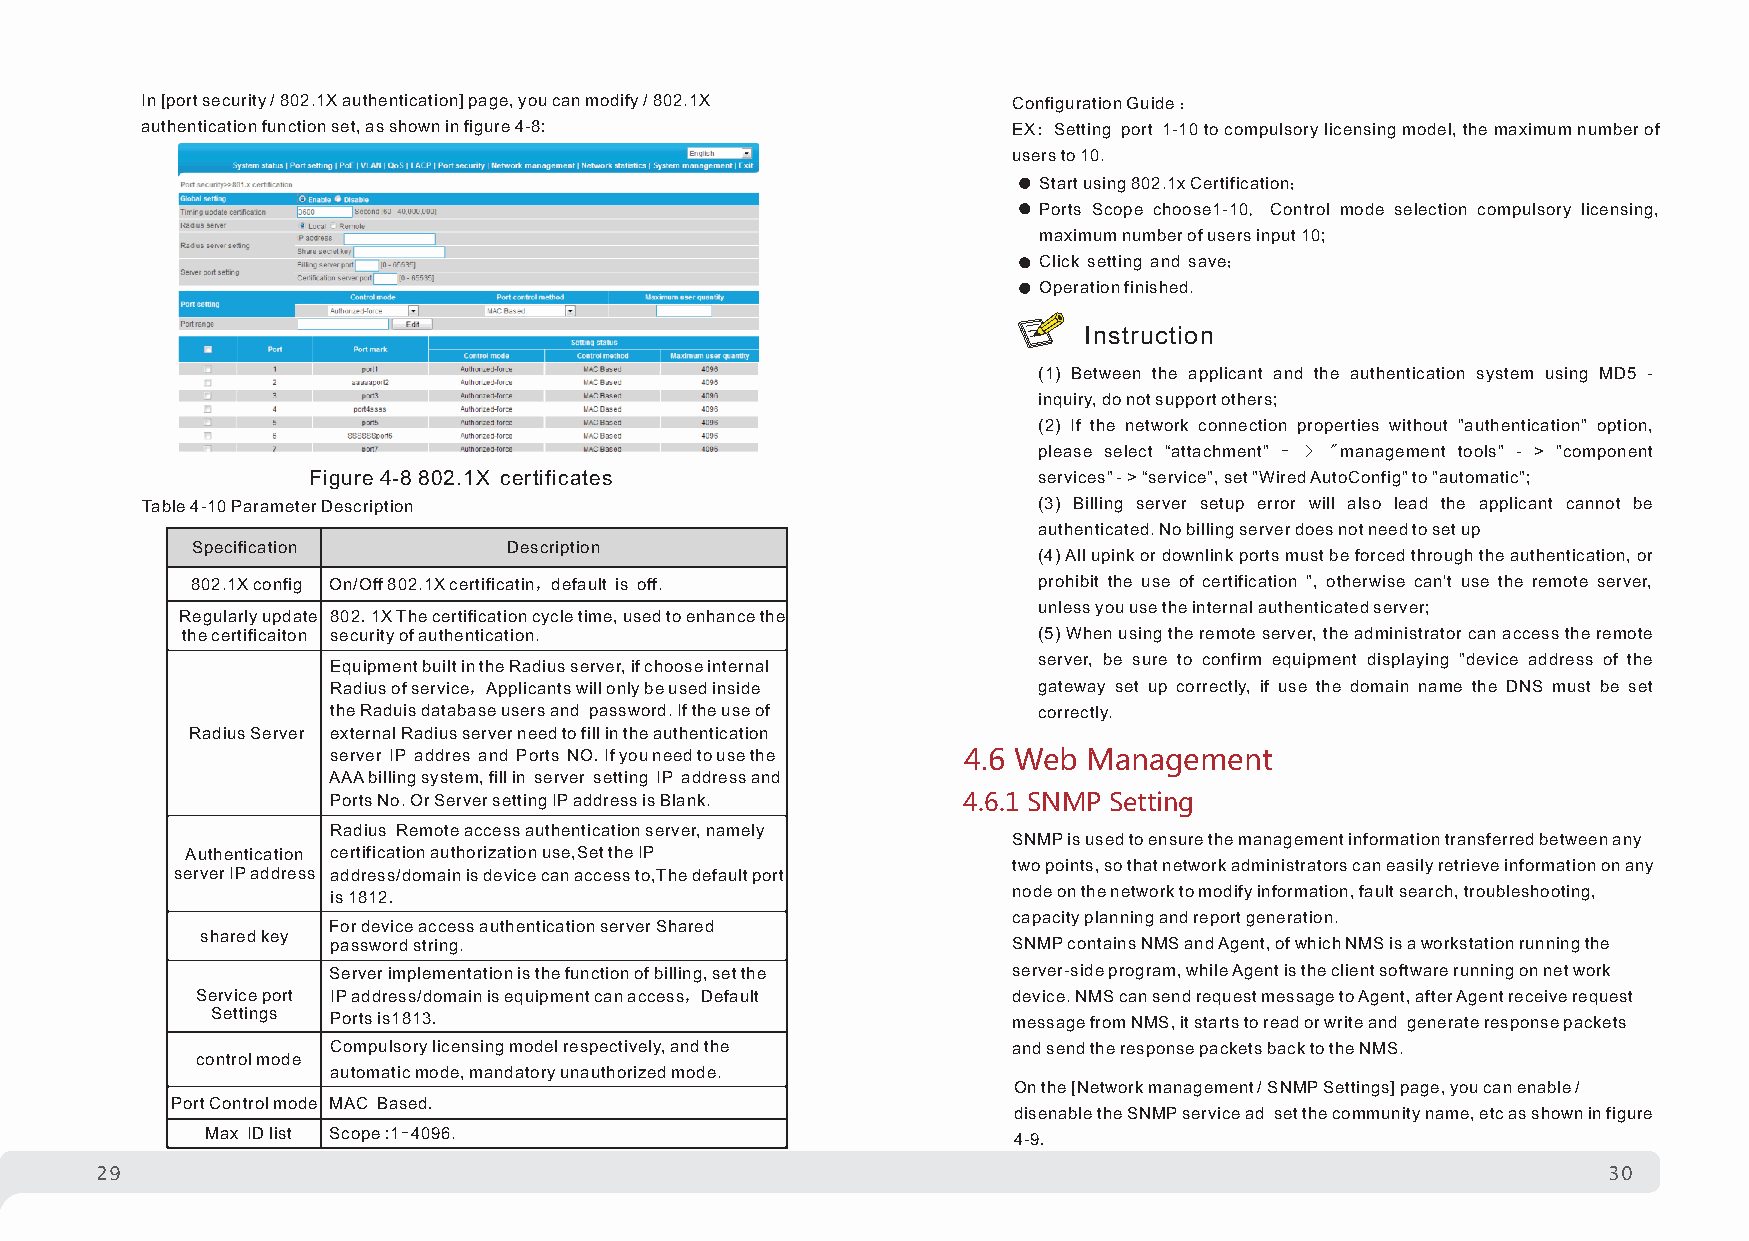
In [port security / 802.1X authentication] page, you can modify / 802.1X Configuration Guide ：
 authentication function set, as shown in figure 4-8:      EX: Setting port 1-10 to compulsory licensing model, the maximum number of
 users to 10.
 Start using 802.1x Certification；
 Ports Scope choose1-10，Control mode selection compulsory licensing,
 maximum number of users input 10;
 Click setting and save；
 Operation finished.
 In struction
 (1) Between the applicant and the authentication system using MD5 -
 inquiry, do not support others;
 (2) If the network connection properties without "authentication" option,
 please select “attachment" - > "management tools" - > "component
 Figure 4-8 802.1X certificates                   services" - > “service", set "Wired AutoConfig" to "automatic";
 Table 4-10 Parameter Description                            (3) Billing server setup error will also lead the applicant cannot be
 authenticated. No billing server does not need to set up
 Specification        Description
 (4) All upink or downlink ports must be forced through the authentication, or
 802.1X config On/Off 802.1X certificatin，default is off. prohibit the use of certification ", otherwise can't use the remote server,
 unless you use the internal authenticated server;
 Regularly update 802.1X The certification cycle time, used to enhance the
 the certificaiton security of authentication.            (5) When using the remote server, the administrator can access the remote
 Equipment built in the Radius server, if choose internal server, be sure to confirm equipment displaying "device address of the
 Radius of service，Applicants will only be used inside gateway set up correctly, if use the domain name the DNS must be set
 the Raduis database users and password. If the use of correctly.
 Radius Server external Radius server need to fill in the authentication
 server IP addres and Ports NO.If you need to use the 4.6 Web Management
 AAA billing system, fill in server setting IP address and
 Ports No. Or Server setting IP address is Blank. 4.6.1 SNMP Setting
 Radius Remote access authentication server, namely
 SNMP is used to ensure the management information transferred between any
 Authentication certification authorization use,Set the IP
 two points, so that network administrators can easily retrieve information on any
 server IP address address/domain is device can access to,The default port
 is 1812.                                     node on the network to modify information, fault search, troubleshooting,
 capacity planning and report generation.
 For device access authentication server Shared
 shared key
 password string.                             SNMP contains NMS and Agent, of which NMS is a workstation running the
 Server implementation is the function of billing, set the server-side program, while Agent is the client software running on net work
 Service port IP address/domain is equipment can access，Default device. NMS can send request message to Agent, after Agent receive request
 Settings Ports is1813.                               message from NMS, it starts to read or write and generate response packets
 Compulsory licensing model respectively, and the and send the response packets back to the NMS.
 control mode
 automatic mode, mandatory unauthorized mode.
 On the [Network management / SNMP Settings] page, you can enable /
 Port Control mode MAC Based.
 disenable the SNMP service ad set the community name, etc as shown in figure
 Max ID list Scope :1-4096.                           4-9.
 29                                                                                                  30